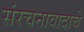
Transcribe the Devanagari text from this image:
संरचनावादाचे